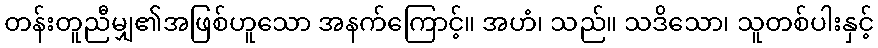
တန်းတူညီမျှ၏အဖြစ်ဟူသော အနက်ကြောင့်။ အဟံ၊ သည်။ သဒိသော၊ သူတစ်ပါးနှင့်